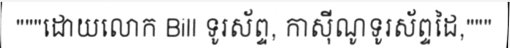
"""ដោយលោក Bill ទូរស័ព្ទ, កាស៊ីណូទូរស័ព្ទដៃ,"""